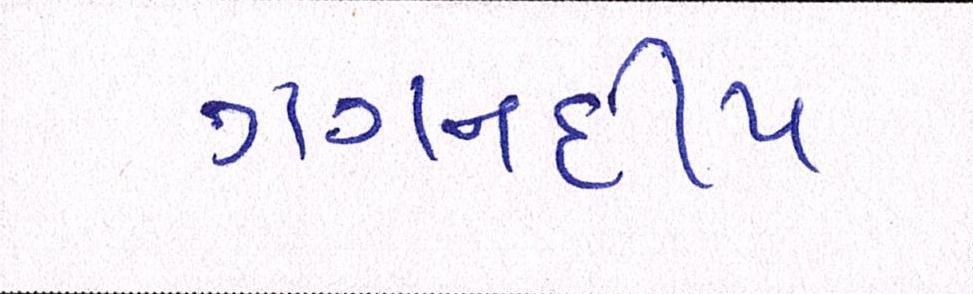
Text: ગગનદીપ